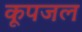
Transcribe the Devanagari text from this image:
कूपजल